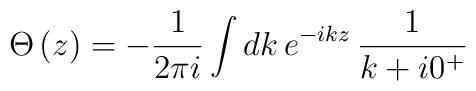
\Theta \left( z\right) =-\frac{1}{2\pi i}\int dk\,e^{-ikz}\,\frac{1}{k+i0^{+}}